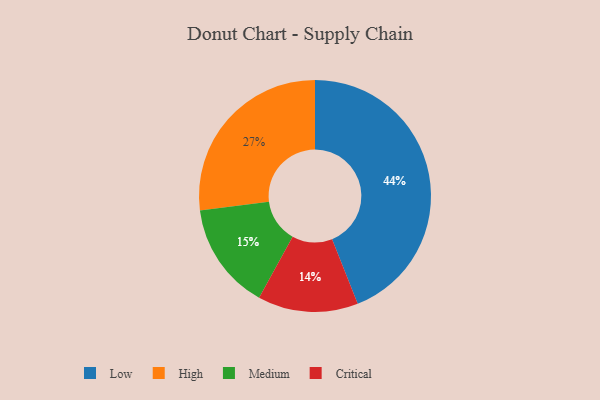
{"axis": {"x": "Category", "y": "Percentage"}, "legend": ["Critical", "High", "Low", "Medium"], "data": [{"x": "Critical", "y": 14, "type": "Critical"}, {"x": "Low", "y": 44, "type": "Low"}, {"x": "High", "y": 27, "type": "High"}, {"x": "Medium", "y": 15, "type": "Medium"}]}